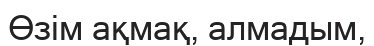
Өзім ақмақ, алмадым,